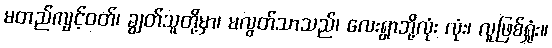
မတည်ကျင့်ဝတ်၊ ချွတ်သူတို့မှာ၊ မလွတ်သာသည်၊ လေးရွာဘို့လုံး လုံး၊ လူဖြစ်ရှုံး။